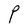
Character: P